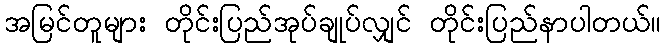
အမြင်တူများ တိုင်းပြည်အုပ်ချုပ်လျှင် တိုင်းပြည်နာပါတယ်။